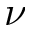
\nu